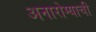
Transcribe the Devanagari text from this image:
अनारोग्याची